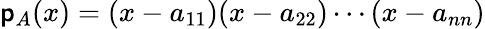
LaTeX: \mathsf{p}_{A}(x)=(x-a_{11})(x-a_{22})\cdots(x-a_{nn})